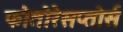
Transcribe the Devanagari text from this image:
फोतोरेसप्तोर्स